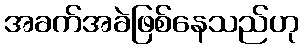
အခက်အခဲဖြစ်နေသည်ဟု